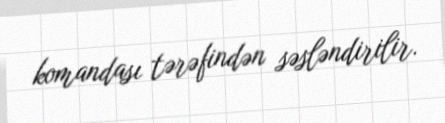
komandası tərəfindən səsləndirilir.